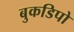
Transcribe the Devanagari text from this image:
बुकडिपो